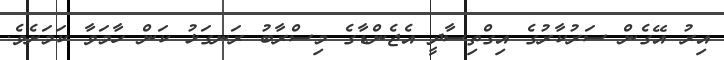
އިރު އޭގެން ސަރުކާރުގެ އިގްތިސާދީ އެޖެންޑާގެ މިސްރާބު ރަނގަޅު ކަން ހާމަވާ ކަމަށެވެ.